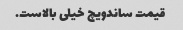
قیمت ساندویچ خیلی بالاست.